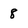
Character: 8